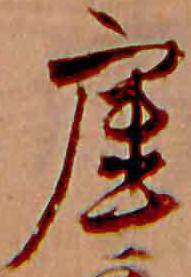
虚